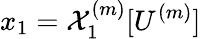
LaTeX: x_{1}=\mathcal{X}_{1}^{(m)}[U^{(m)}]